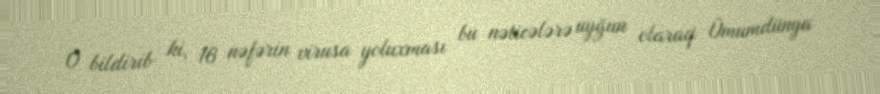
O bildirib ki, 16 nəfərin virusa yoluxması bu nəticələrə uyğun olaraq Ümumdünya